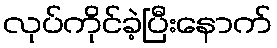
လုပ်ကိုင်ခဲ့ပြီးနောက်